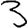
Digit: 3